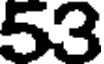
53